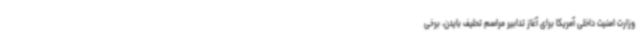
وزارت امنیت داخلی آمریکا برای آغاز تدابیر مراسم تحلیف بایدن، برخی